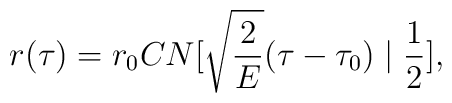
r(\tau)=r_0 CN[\sqrt{\frac{2}{E}}(\tau-\tau_0)\mid\frac{1}{2}],